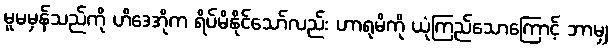
မူမမှန်သည်ကို ဟိဒေအိုက ရိပ်မိနိုင်သော်လည်း ဟာရုမိကို ယုံကြည်သောကြောင့် ဘာမျှ